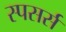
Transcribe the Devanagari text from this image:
स्पसर्स